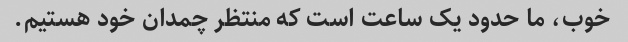
خوب، ما حدود یک ساعت است که منتظر چمدان خود هستیم.